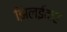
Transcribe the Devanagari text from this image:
झिलईदार